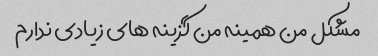
مشکل من همینه من گزینه های زیادی ندارم